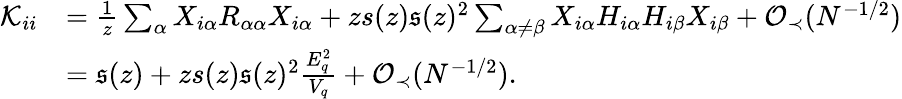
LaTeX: \begin{array}{rl}{{\mathcal K}_{ii}}&{=\frac{1}{z}\sum_{\alpha}X_{i\alpha}R_{\alpha\alpha}X_{i\alpha}+zs(z)\mathfrak{s}(z)^{2}\sum_{\alpha\neq\beta}X_{i\alpha}H_{i\alpha}H_{i\beta}X_{i\beta}+{\mathcal O}_{\prec}(N^{-1/2})}\\ &{=\mathfrak{s}(z)+zs(z)\mathfrak{s}(z)^{2}\frac{E_{q}^{2}}{V_{q}}+{\mathcal O}_{\prec}(N^{-1/2}).}\end{array}